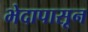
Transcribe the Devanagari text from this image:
भेदापासून